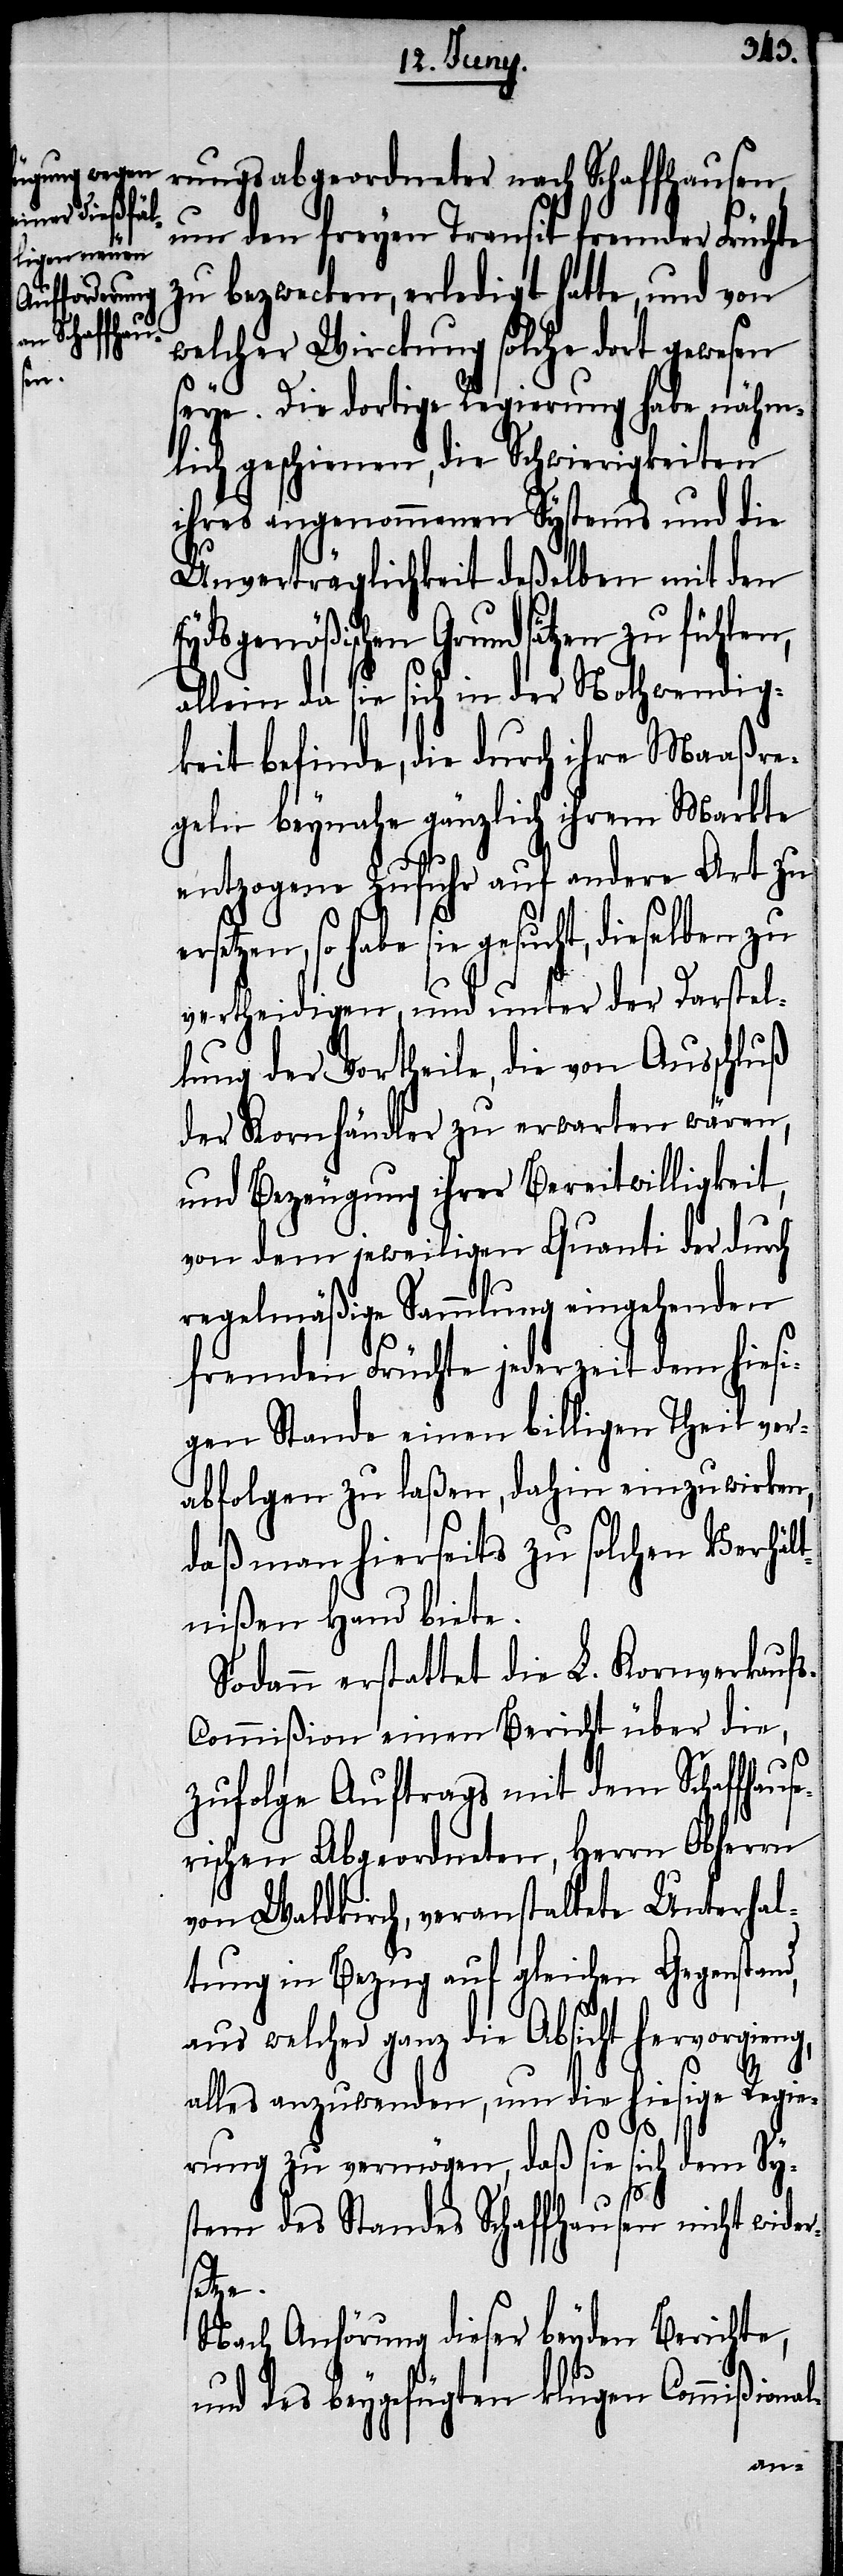
e¬

rungsabgeordneter nach Schaffhausen,
um den freyen Transit fremder Früchte
zu bezwecken, erledigt hatte, und von
welcher Wirckung solche dort gewesen
seye. Die dortige Regierung habe nähm¬
lich geschienen, die Schwierigkeiten
ihres angenommenen Systems und die
Unverträglichkeit deßelben mit den
Eydsgenößischen Grundsätzen zu fühlen,
allein da sie sich in der Nothwendig¬
keit befinde, die durch ihre Maaßre¬
geln beynahe gänzlich ihrem Markte
entzogene Zufuhr auf andere Art zu
rsetzen, so habe sie gesucht, dieselben zu
vertheidigen, und unter der Darstel¬
lung der Vortheile, die von Ausschluß
der Kornhändler zu erwarten wären,
und Bezeugung ihrer Bereitwilligkeit,
von dem jeweiligen Quanti der durch
regelmäßige Sammlung eingehenden
fremden Früchte jederzeit dem hiesi¬
gen Stande einen billigen Theil ver¬
abfolgen zu laßen, dahin einzuwirken,
daß man hierseits zu solchen Verhält¬
nißen Hand biete.
Sodann erstattet die L. Kornverkauf¬
s-Commißion einen Bericht über die,
zufolge Auftrags mit dem Schaffhause¬
rischen Abgeordneten, Herrn Obherrn
von Waldkirch, veranstaltete Unterhal¬
tung in Bezug auf gleichen Gegenstand,
aus welcher ganz die Absicht hervorgieng,
alles anzuwenden, um die hiesige Regie¬
rung zu vermögen, daß sie sich dem Sy¬
stem des Standes Schaffhausen nicht wider¬
setze.
Nach Anhörung dieser beyden Berichte,
und des beygefügten klugen Commißion¬
al-